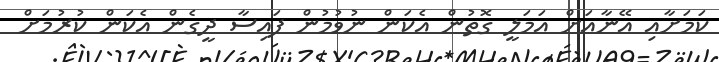
ކަމަށާއި އޭނާއަށް އަމަލީ ގޮތުން އެކަން ނުވުމުން ފައިސާ ދީގެން އެކަން ކުރުމަށް